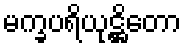
မက္ခပရိယုဋ္ဌိတော